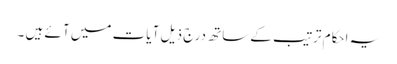
یہ احکام ترتیب کے ساتھ درج ذیل آ یات میں آ ئے ہیں ۔